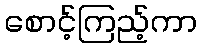
စောင့်ကြည့်ကာ